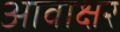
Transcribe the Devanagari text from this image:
आवाक्षर